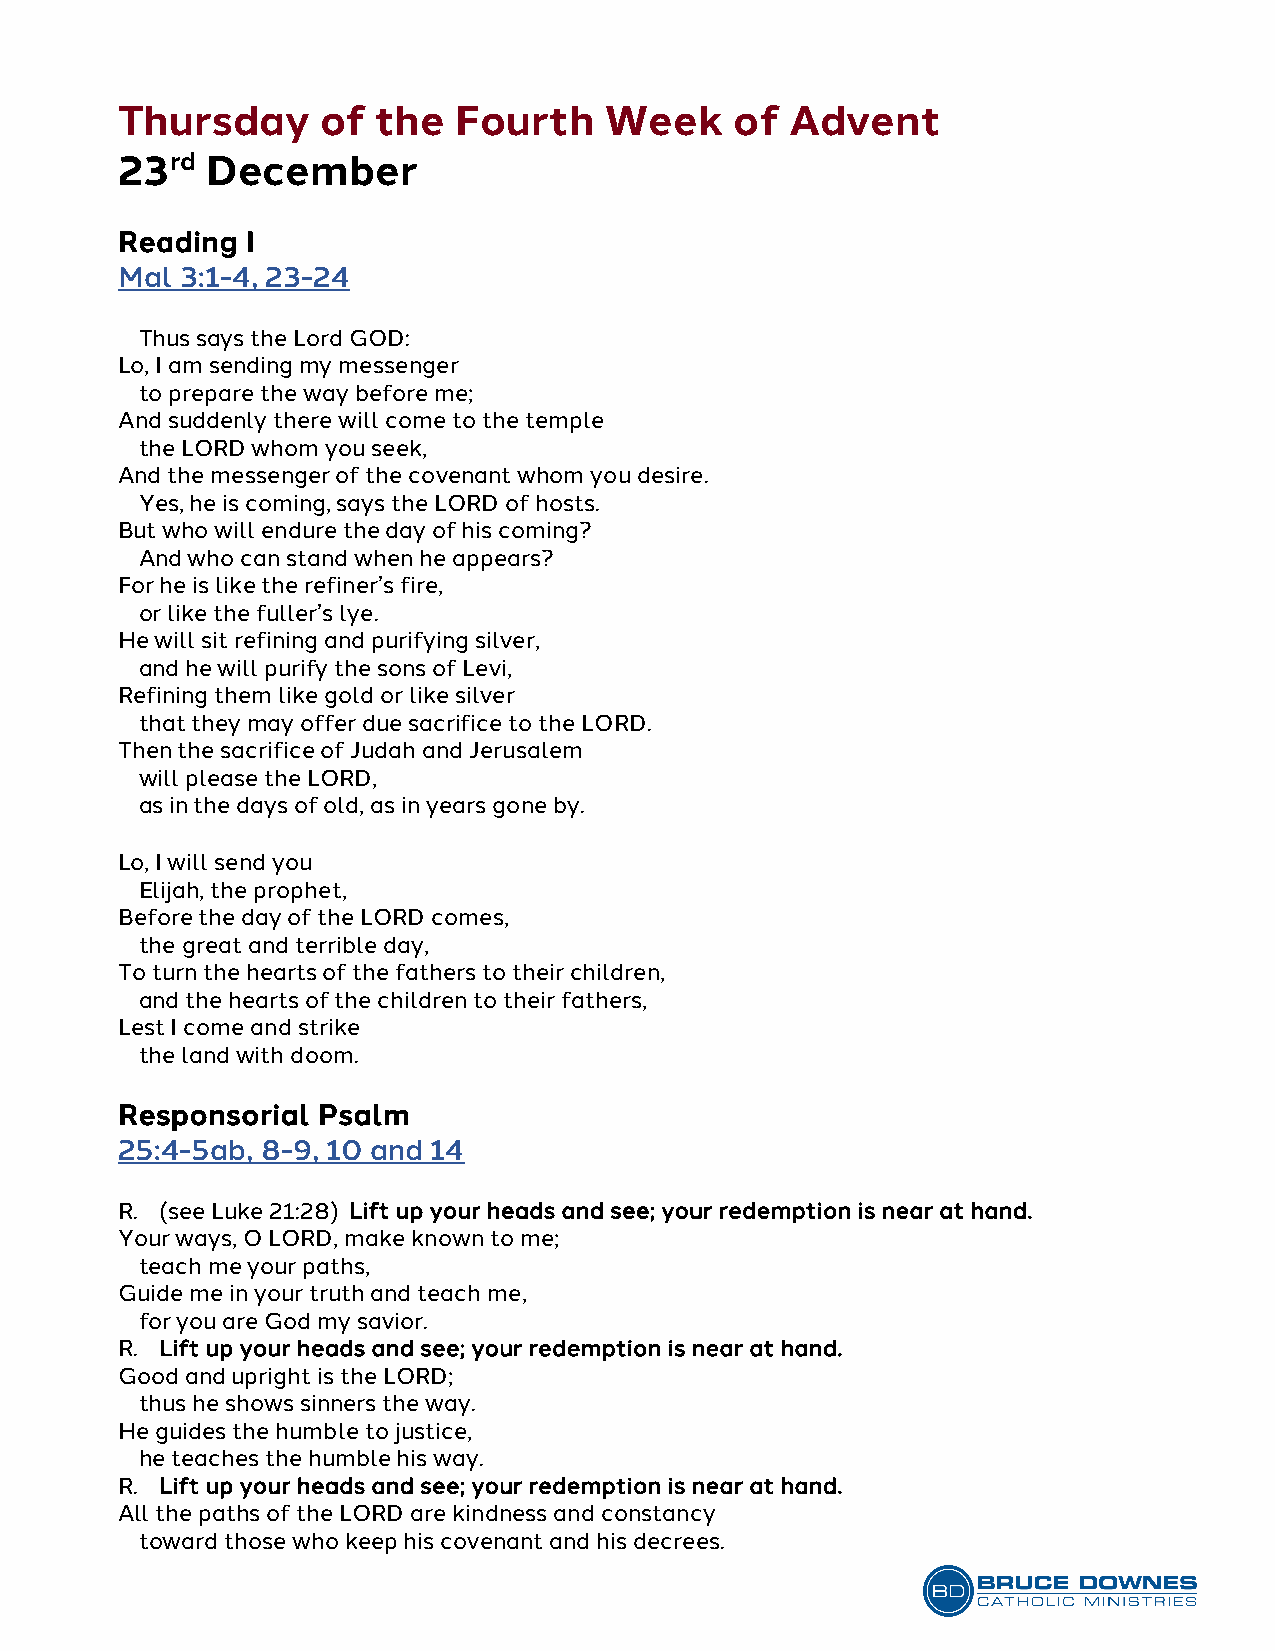
Thursday     of  the  Fourth    Week     of Advent
 23rd  December
 Reading I
 Mal 3:1-4, 23-24
 Thus says the Lord GOD:
 Lo, I am sending my messenger
 to prepare the way before me;
 And suddenly there will come to the temple
 the LORD whom you seek,
 And the messenger of the covenant whom you desire.
 Yes, he is coming, says the LORD of hosts.
 But who will endure the day of his coming?
 And who can stand when he appears?
 For he is like the refiner’s fire,
 or like the fuller’s lye.
 He will sit refining and purifying silver,
 and he will purify the sons of Levi,
 Refining them like gold or like silver
 that they may offer due sacrifice to the LORD.
 Then the sacrifice of Judah and Jerusalem
 will please the LORD,
 as in the days of old, as in years gone by.
 Lo, I will send you
 Elijah, the prophet,
 Before the day of the LORD comes,
 the great and terrible day,
 To turn the hearts of the fathers to their children,
 and the hearts of the children to their fathers,
 Lest I come and strike
 the land with doom.
 Responsorial Psalm
 25:4-5ab, 8-9, 10 and 14
 R. (see Luke 21:28) Lift up your heads and see; your redemption is near at hand.
 Your ways, O LORD, make known to me;
 teach me your paths,
 Guide me in your truth and teach me,
 for you are God my savior.
 R. Lift up your heads and see; your redemption is near at hand.
 Good and upright is the LORD;
 thus he shows sinners the way.
 He guides the humble to justice,
 he teaches the humble his way.
 R. Lift up your heads and see; your redemption is near at hand.
 All the paths of the LORD are kindness and constancy
 toward those who keep his covenant and his decrees.